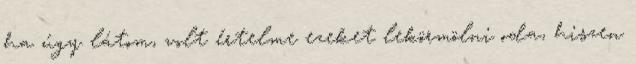
ha úgy látom, volt értelme ezeket lekörmölni oda, hiszen